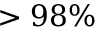
> 9 8 \%